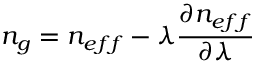
n _ { g } = n _ { e f f } - \lambda \frac { \partial n _ { e f f } } { \partial \lambda }